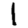
Digit: 1